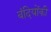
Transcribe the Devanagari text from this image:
बंदियोंकी